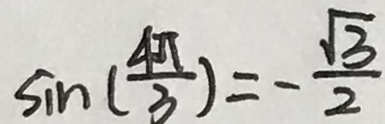
\sin ( \frac { 4 \pi } { 3 } ) = - \frac { \sqrt { 3 } } { 2 }